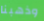
وذهبنا